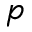
p